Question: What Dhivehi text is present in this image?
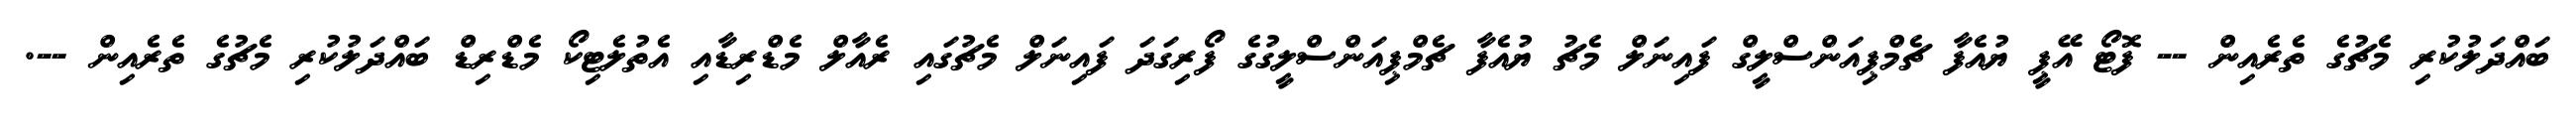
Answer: ބައްދަލުކުރި މެޗުގެ ތެރެއިން -- ފޮޓޯ އޭޕީ ޔުއެފާ ޗެމްޕިއަންސްލީގް ފައިނަލް މެޗު ޔުއެފާ ޗެމްޕިއަންސްލީގުގެ ފޯރިގަދަ ފައިނަލް މެޗުގައި ރެއާލް މެޑްރިޑާއި އެތުލެޓިކޯ މެޑްރިޑް ބައްދަލުކުރި މެޗުގެ ތެރެއިން --.